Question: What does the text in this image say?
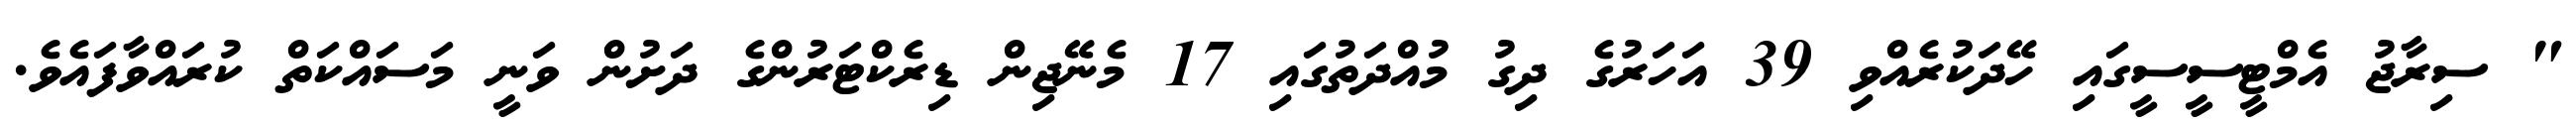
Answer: " ސިރާޖު އެމްޓީސީސީގައި ހޭދަކުރެއްވި 39 އަހަރުގެ ދިގު މުއްދަތުގައި 17 މެނޭޖިން ޑިރެކްޓަރުންގެ ދަށުން ވަނީ މަސައްކަތް ކުރައްވާފައެވެ.